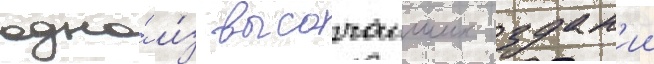
одно́ и́з высочаиших здан'ии